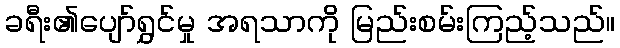
ခရီး၏ပျော်ရွှင်မှု အရသာကို မြည်းစမ်းကြည့်သည်။